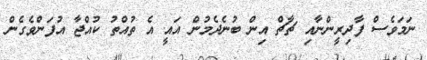
ނަމަވެސް ފާދިރީންނާއި ޗާޗް އިން ބުނެދެމުން އައީ އެ ތުއްތު ކުއްޖާ އުފަންވެގެން